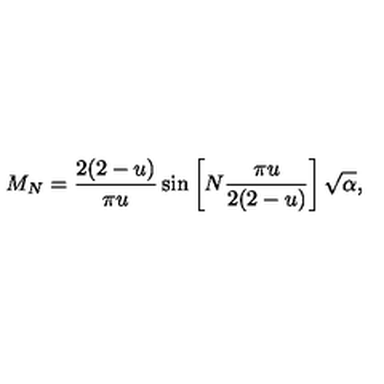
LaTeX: M _ { N } = \frac { 2 ( 2 - u ) } { \pi u } \sin \left[ N \frac { \pi u } { 2 ( 2 - u ) } \right] \sqrt { \alpha } ,